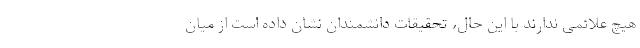
هیچ علائمی ندارند با این حال، تحقیقات دانشمندان نشان داده است از میان